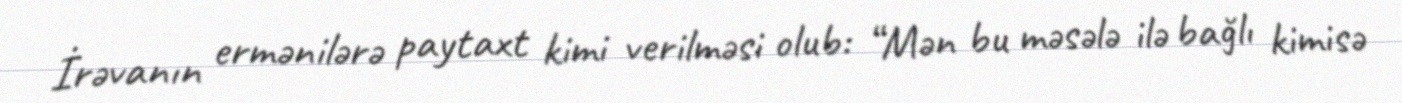
İrəvanın ermənilərə paytaxt kimi verilməsi olub: “Mən bu məsələ ilə bağlı kimisə